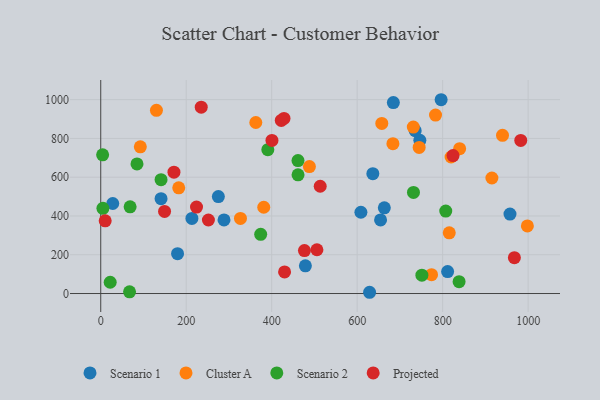
{"axis": {"x": "Investment", "y": "Profit"}, "legend": ["Cluster A", "Projected", "Scenario 1", "Scenario 2"], "data": [{"x": "811.6", "y": 113.3, "type": "Scenario 1"}, {"x": "957.5", "y": 410.0, "type": "Scenario 1"}, {"x": "735.7", "y": 839.7, "type": "Scenario 1"}, {"x": "654.7", "y": 379.7, "type": "Scenario 1"}, {"x": "796.4", "y": 999.6, "type": "Scenario 1"}, {"x": "288.4", "y": 379.7, "type": "Scenario 1"}, {"x": "636.6", "y": 618.0, "type": "Scenario 1"}, {"x": "608.7", "y": 419.2, "type": "Scenario 1"}, {"x": "478.8", "y": 142.7, "type": "Scenario 1"}, {"x": "179.7", "y": 205.4, "type": "Scenario 1"}, {"x": "141.1", "y": 489.4, "type": "Scenario 1"}, {"x": "663.5", "y": 441.8, "type": "Scenario 1"}, {"x": "28.1", "y": 464.4, "type": "Scenario 1"}, {"x": "275.2", "y": 499.8, "type": "Scenario 1"}, {"x": "684.6", "y": 984.9, "type": "Scenario 1"}, {"x": "213.3", "y": 387.3, "type": "Scenario 1"}, {"x": "629.0", "y": 6.4, "type": "Scenario 1"}, {"x": "746.6", "y": 790.0, "type": "Scenario 1"}, {"x": "182.5", "y": 545.1, "type": "Cluster A"}, {"x": "731.3", "y": 858.6, "type": "Cluster A"}, {"x": "683.6", "y": 772.7, "type": "Cluster A"}, {"x": "998.2", "y": 348.7, "type": "Cluster A"}, {"x": "783.3", "y": 920.5, "type": "Cluster A"}, {"x": "488.2", "y": 654.7, "type": "Cluster A"}, {"x": "362.8", "y": 882.1, "type": "Cluster A"}, {"x": "657.6", "y": 877.2, "type": "Cluster A"}, {"x": "819.7", "y": 704.2, "type": "Cluster A"}, {"x": "381.4", "y": 445.0, "type": "Cluster A"}, {"x": "940.0", "y": 815.9, "type": "Cluster A"}, {"x": "92.6", "y": 756.4, "type": "Cluster A"}, {"x": "745.0", "y": 753.5, "type": "Cluster A"}, {"x": "774.0", "y": 97.3, "type": "Cluster A"}, {"x": "839.7", "y": 747.2, "type": "Cluster A"}, {"x": "815.4", "y": 312.8, "type": "Cluster A"}, {"x": "915.2", "y": 595.9, "type": "Cluster A"}, {"x": "326.9", "y": 387.5, "type": "Cluster A"}, {"x": "130.3", "y": 945.0, "type": "Cluster A"}, {"x": "731.7", "y": 521.4, "type": "Scenario 2"}, {"x": "67.4", "y": 8.5, "type": "Scenario 2"}, {"x": "461.5", "y": 685.5, "type": "Scenario 2"}, {"x": "461.6", "y": 612.3, "type": "Scenario 2"}, {"x": "5.1", "y": 439.6, "type": "Scenario 2"}, {"x": "4.4", "y": 715.2, "type": "Scenario 2"}, {"x": "84.8", "y": 668.5, "type": "Scenario 2"}, {"x": "22.1", "y": 58.0, "type": "Scenario 2"}, {"x": "838.4", "y": 61.3, "type": "Scenario 2"}, {"x": "141.1", "y": 587.1, "type": "Scenario 2"}, {"x": "807.2", "y": 425.4, "type": "Scenario 2"}, {"x": "751.4", "y": 94.7, "type": "Scenario 2"}, {"x": "390.9", "y": 742.2, "type": "Scenario 2"}, {"x": "374.2", "y": 305.2, "type": "Scenario 2"}, {"x": "68.7", "y": 447.2, "type": "Scenario 2"}, {"x": "967.8", "y": 184.8, "type": "Projected"}, {"x": "10.4", "y": 375.2, "type": "Projected"}, {"x": "428.8", "y": 903.3, "type": "Projected"}, {"x": "400.6", "y": 789.6, "type": "Projected"}, {"x": "505.8", "y": 225.7, "type": "Projected"}, {"x": "224.1", "y": 446.1, "type": "Projected"}, {"x": "513.5", "y": 553.3, "type": "Projected"}, {"x": "235.1", "y": 961.1, "type": "Projected"}, {"x": "422.4", "y": 892.6, "type": "Projected"}, {"x": "982.7", "y": 789.6, "type": "Projected"}, {"x": "824.3", "y": 711.4, "type": "Projected"}, {"x": "149.3", "y": 423.3, "type": "Projected"}, {"x": "171.3", "y": 625.7, "type": "Projected"}, {"x": "430.1", "y": 111.5, "type": "Projected"}, {"x": "476.6", "y": 221.5, "type": "Projected"}, {"x": "251.9", "y": 379.2, "type": "Projected"}]}